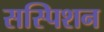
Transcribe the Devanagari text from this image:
सस्पिशन